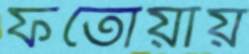
ফতোয়ায়